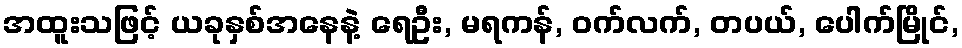
အထူးသဖြင့် ယခုနှစ်အနေနဲ့ ရေဦး, မရကန်, ဝက်လက်, တပယ်, ပေါက်မြိုင်,